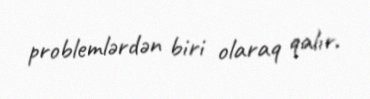
problemlərdən biri olaraq qalır.